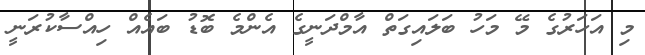
މި އަހަރުގެ މޭ މަހު ބަލައިގަތް އާމްދަނީގެ އެންމެ ބޮޑު ބައެއް ހިއްސާކުރަނީ